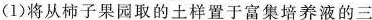
(1)将从柿子果园取的土样置于富集培养液的三